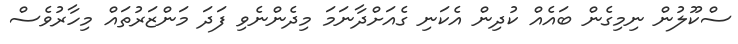
ސްކޫލުން ނިމިގެން ބައެއް ކުދިން އެކަނި ގެއަށްދާނަމަ މިދެންނެވި ފަދަ މަންޒަރުތައް މިހާރުވެސް